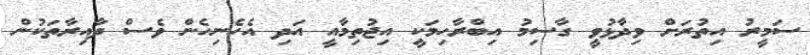
ސަމީރު އިތުރަށް ވިދާޅުވީ ގާސިމު އިބްރާހިމަކީ އިޖުތިމާއީ އަދި އެހެނިހެން ވެސް ދާއިރާތަކުން